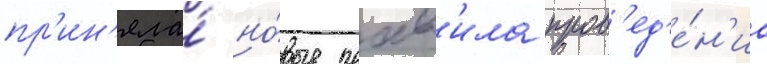
пр'ин'яла́ но́вые прав'ила пров'ед'е́н'иа